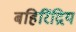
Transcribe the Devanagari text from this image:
बहिरिंद्रिय